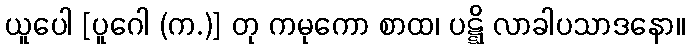
ယူပေါ [ပူဂေါ (က.)] တု ကမုကော စာထ၊ ပဋ္ဋိ လာခါပသာဒနော။